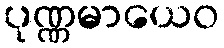
ပုဏ္ဏမာယေဝ